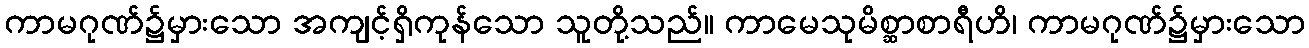
ကာမဂုဏ်၌မှားသော အကျင့်ရှိကုန်သော သူတို့သည်။ ကာမေသုမိစ္ဆာစာရီဟိ၊ ကာမဂုဏ်၌မှားသော